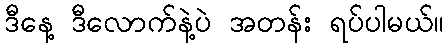
ဒီနေ့ ဒီလောက်နဲ့ပဲ အတန်း ရပ်ပါမယ်။